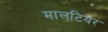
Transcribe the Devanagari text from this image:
मालटियर